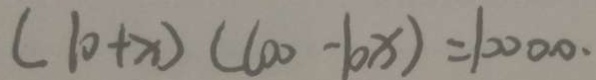
( 1 0 + x ) ( 6 0 0 - 1 0 x ) = 1 0 0 0 0 .